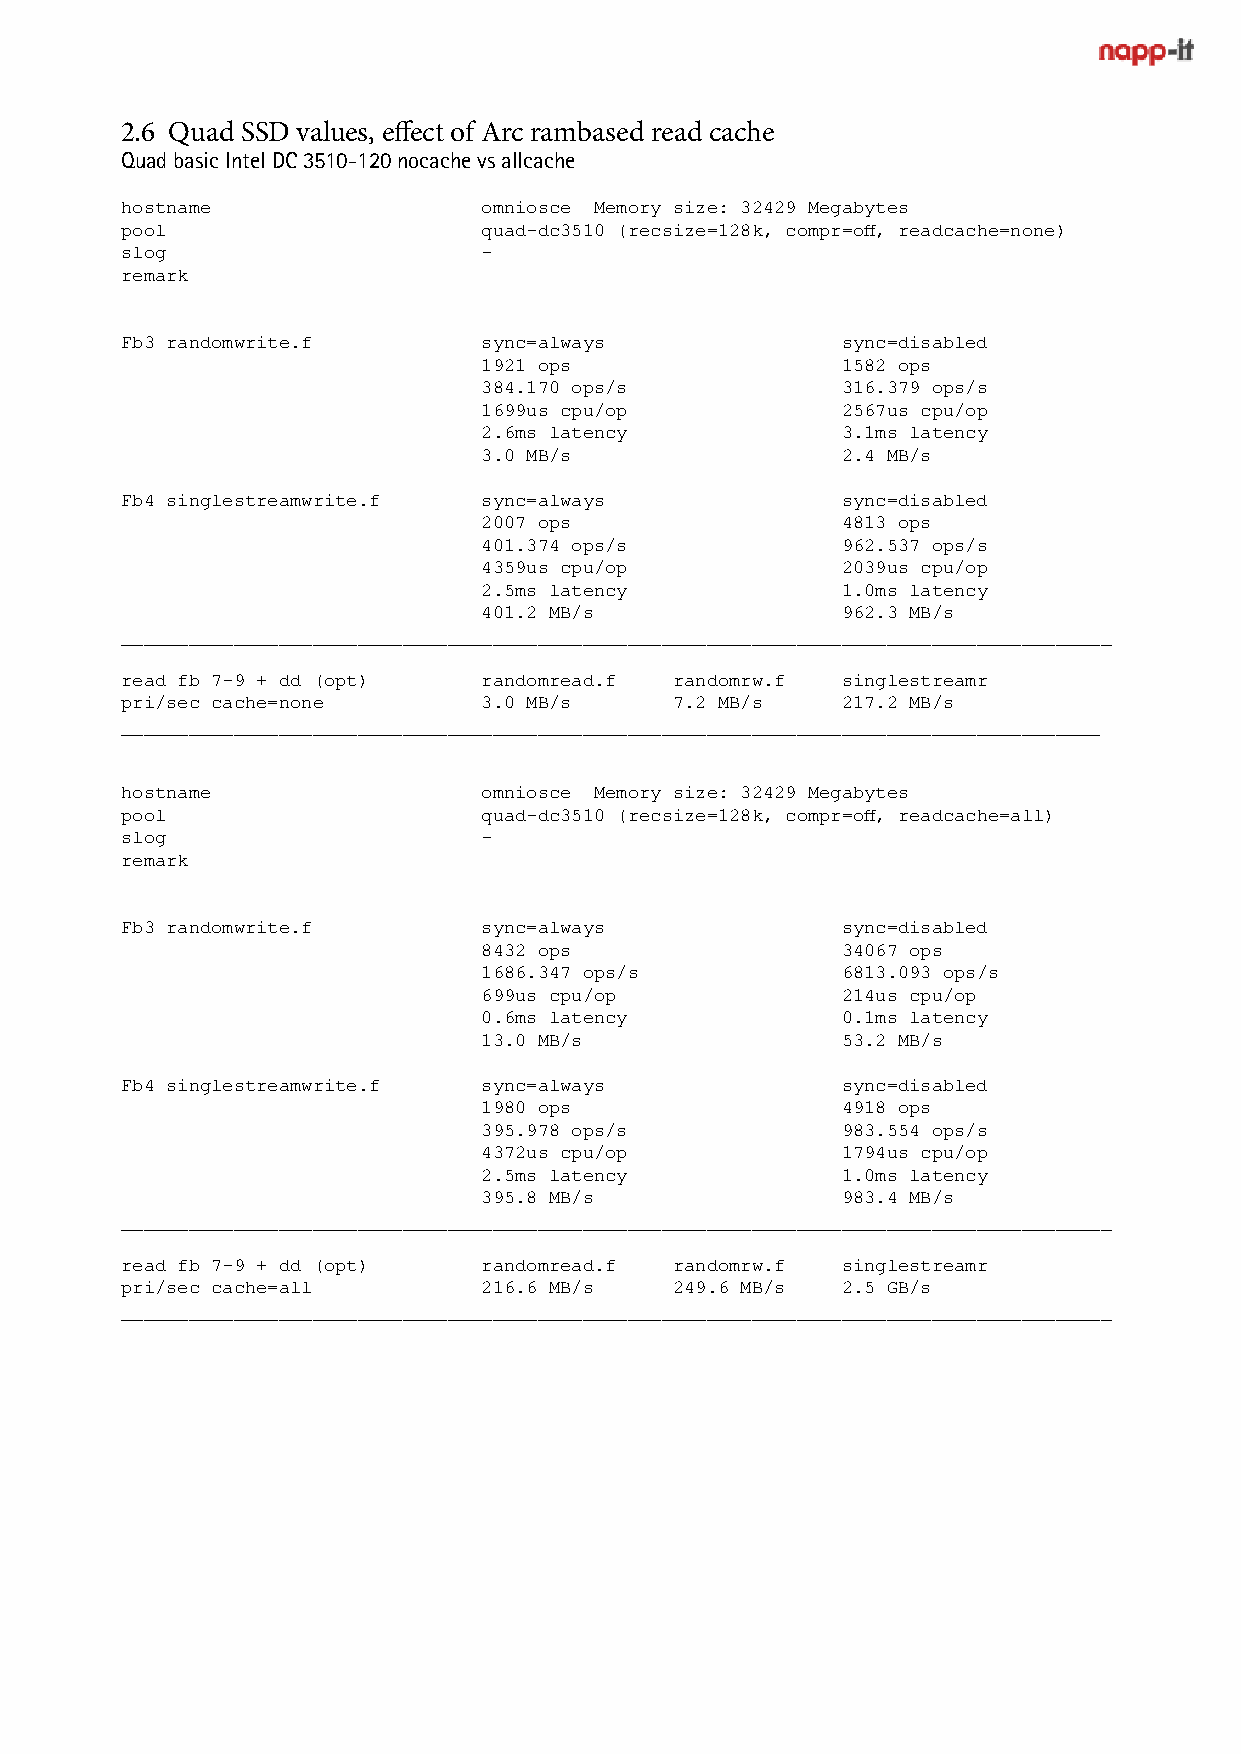
2.6 Quad SSD values, effect of Arc rambased read cache
 Quad basic Intel DC 3510-120 nocache vs allcache
 hostname                omniosce Memory size: 32429 Megabytes
 pool                    quad-dc3510 (recsize=128k, compr=off, readcache=none)
 slog                    -
 remark
 Fb3 randomwrite.f       sync=always             sync=disabled
 1921 ops                1582 ops
 384.170 ops/s           316.379 ops/s
 1699us cpu/op           2567us cpu/op
 2.6ms latency           3.1ms latency
 3.0 MB/s                2.4 MB/s
 Fb4 singlestreamwrite.f sync=always             sync=disabled
 2007 ops                4813 ops
 401.374 ops/s           962.537 ops/s
 4359us cpu/op           2039us cpu/op
 2.5ms latency           1.0ms latency
 401.2 MB/s              962.3 MB/s
 ________________________________________________________________________________________
 read fb 7-9 + dd (opt)  randomread.f randomrw.f singlestreamr
 pri/sec cache=none      3.0 MB/s     7.2 MB/s   217.2 MB/s
 _______________________________________________________________________________________
 hostname                omniosce Memory size: 32429 Megabytes
 pool                    quad-dc3510 (recsize=128k, compr=off, readcache=all)
 slog                    -
 remark
 Fb3 randomwrite.f       sync=always             sync=disabled
 8432 ops                34067 ops
 1686.347 ops/s          6813.093 ops/s
 699us cpu/op            214us cpu/op
 0.6ms latency           0.1ms latency
 13.0 MB/s               53.2 MB/s
 Fb4 singlestreamwrite.f sync=always             sync=disabled
 1980 ops                4918 ops
 395.978 ops/s           983.554 ops/s
 4372us cpu/op           1794us cpu/op
 2.5ms latency           1.0ms latency
 395.8 MB/s              983.4 MB/s
 ________________________________________________________________________________________
 read fb 7-9 + dd (opt)  randomread.f randomrw.f singlestreamr
 pri/sec cache=all       216.6 MB/s   249.6 MB/s 2.5 GB/s
 ________________________________________________________________________________________